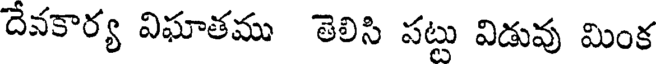
దేవకార్య విఘాతము తెలిసి పట్టు విడువు మింక